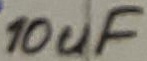
Text: 10uF